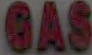
GAS